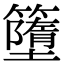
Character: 𥶴